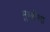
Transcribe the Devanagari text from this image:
मुखीचा